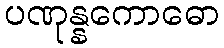
ပဏုန္နကောဓော